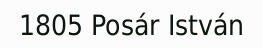
1805 Posár István